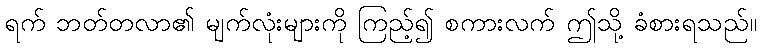
ရက် ဘတ်တလာ၏ မျက်လုံးများကို ကြည့်၍ စကားလက် ဤသို့ ခံစားရသည်။